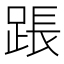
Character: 䠆